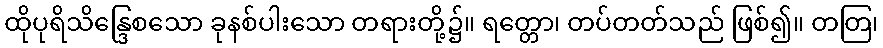
ထိုပုရိသိန္ဒြေစသော ခုနစ်ပါးသော တရားတို့၌။ ရတ္တော၊ တပ်တတ်သည် ဖြစ်၍။ တတြ၊